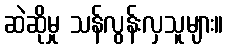
ဆဲဆိုမှု သန်လွန်းလှသူများ။